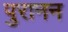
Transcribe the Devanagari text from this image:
पुरानन